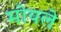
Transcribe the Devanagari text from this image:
मोयले